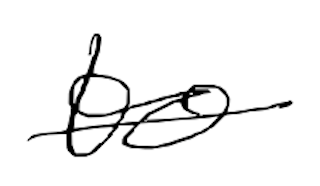
Text: to
Cross-out: mix
Writing tool: digital_black